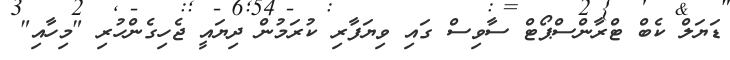
ޑަޔަލް ކެބް ޓްރާންސްޕޯޓް ސާވިސް ގައި ވިޔަފާރި ކުރަމުން ދިޔައީ ޖެހިގެންހުރި "މިހާއި"